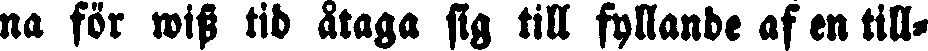
na för wist tid åtaga sig till fyllande af en till-